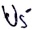
Text: U5-